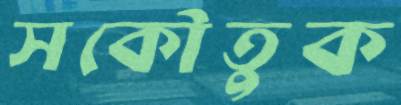
সকৌতুক